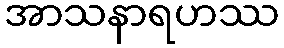
အာသနာရဟဿ